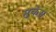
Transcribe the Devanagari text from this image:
मुकेस